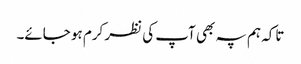
تاکہ ہم پہ بھی آپ کی نظر کرم ہو جائے۔